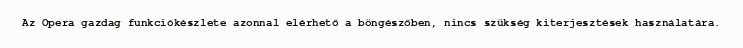
Az Opera gazdag funkciókészlete azonnal elérhető a böngészőben, nincs szükség kiterjesztések használatára.